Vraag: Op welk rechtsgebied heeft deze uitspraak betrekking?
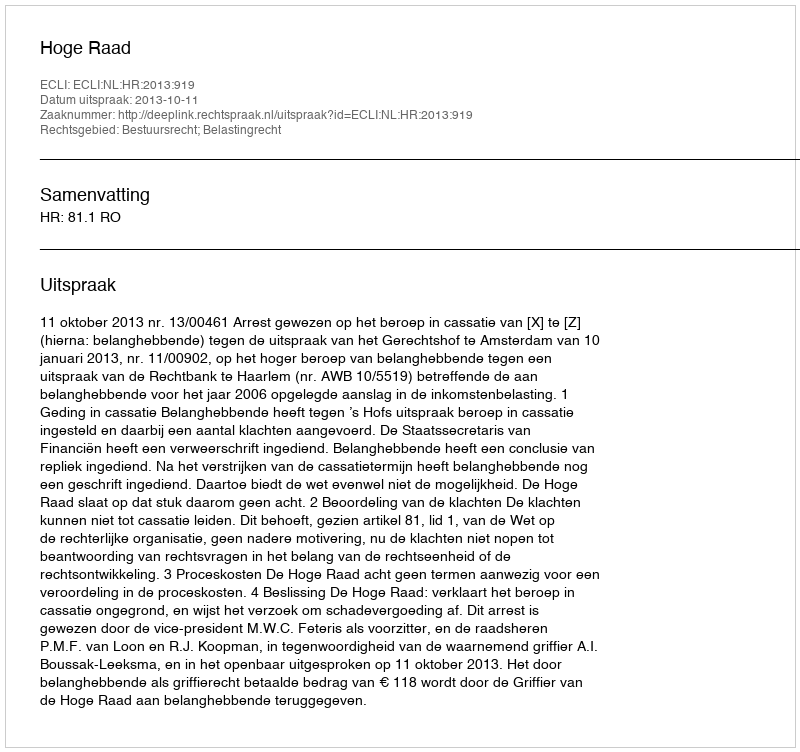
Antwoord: Bestuursrecht; Belastingrecht